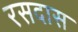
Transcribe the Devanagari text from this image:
रसदास